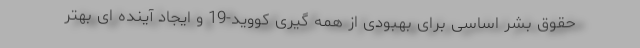
حقوق بشر اساسی برای بهبودی از همه گیری کووید-19 و ایجاد آینده ای بهتر